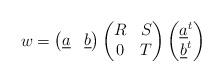
LaTeX: \begin{align*}w=\begin{pmatrix}\underline{a} & \underline{b}\end{pmatrix}\begin{pmatrix}R & S\\0 & T\end{pmatrix}\begin{pmatrix}\underline{a}^t \\ \underline{b}^t\end{pmatrix}\end{align*}